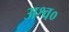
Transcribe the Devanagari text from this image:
अश्व०